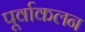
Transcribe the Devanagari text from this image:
पूर्वाकलन